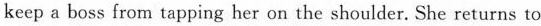
keep a boss from tapping her on the shoulder. She returns to